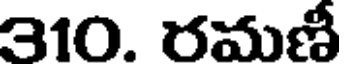
310. రమణీ